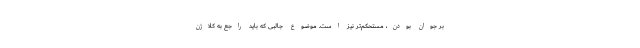
بر جوان بودن، مستحکم‌تر نیز است. موضوع جالبی که باید راجع به کلاژن